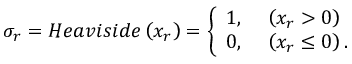
\sigma _ { r } = H e a v i s i d e \left( x _ { r } \right) = \left\{ \begin{array} { l l } { 1 , } & { \ \left( x _ { r } > 0 \right) } \\ { 0 , } & { \ \left( x _ { r } \leq 0 \right) . } \end{array} \right.